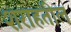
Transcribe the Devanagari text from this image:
शराहतील